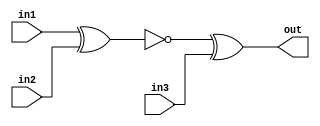
module top_module (
    input               in1,
    input               in2,
    input               in3,
    output              out
);
    wire                temp;

    assign temp = ~(in1 ^ in2);
    assign out = temp ^ in3;

endmodule